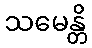
သမေန္တိ